Annual report of the Central Committee of the Association together with the report of the directors of the Pasteur Institute at Kasauli
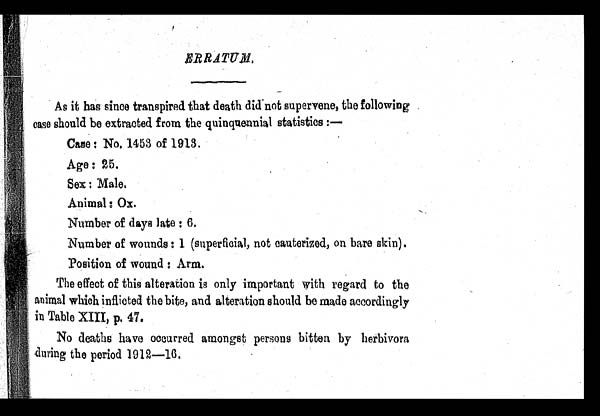
ERRATUM,
As it has since transpired that death did not supervene, the following
case should be extracted from the quinquennial statistics :—
Case : No. 1453 of 1913.
Age : 25.
Sex : Male.
Animal : Ox.
Number of days late : 6.
Number of wounds : 1 (superficial, not cauterized, on bare skin).
Position of wound : Arm.
The effect of this alteration is only important with regard to the
animal which inflicted the bite, and alteration should be made accordingly
in Table XIII, p. 47.
No deaths have occurred amongst persons bitten by herbivore
during the period 1912—1.6.